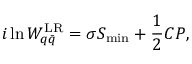
i \ln W _ { q \bar { q } } ^ { \mathrm { L R } } = \sigma S _ { \mathrm { m i n } } + { \frac { 1 } { 2 } } C P ,